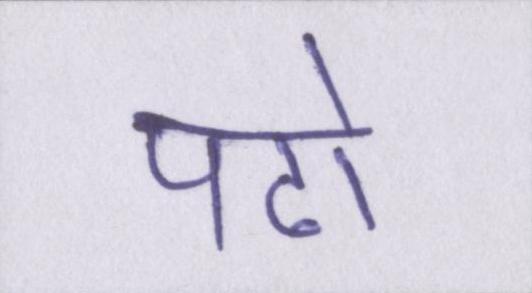
पढो